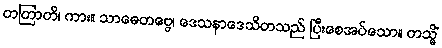
တတြာတိ၊ ကား။ သာဓေတဗ္ဗေ၊ ဒေသနာဒေသိတသည် ပြီးစေအပ်သော။ တသ္မိံ